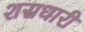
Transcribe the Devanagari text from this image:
शस्रधारी